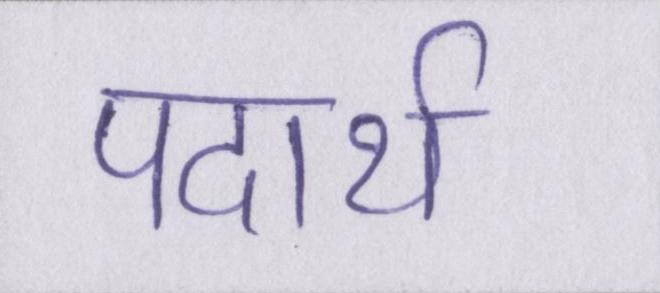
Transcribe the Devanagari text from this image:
पदार्थ